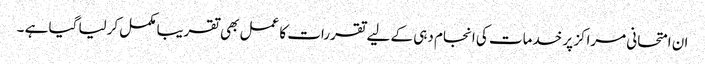
ان امتحانی مراکز پر خدمات کی انجام دہی کے لیے تقررات کا عمل بھی تقریبا مکمل کرلیا گیا ہے ۔